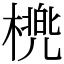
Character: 橷